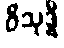
ဝိသုဒ္ဓိ